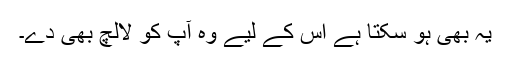
یہ بھی ہو سکتا ہے اس کے لیے وہ آپ کو لالچ بھی دے۔